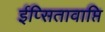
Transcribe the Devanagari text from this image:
ईप्सितावाप्ति